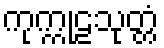
ကုက္ကုဠသုတ္တံ